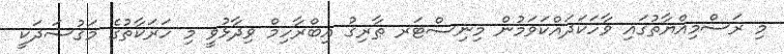
މި ރަސްމިއްޔާތުގައި ވާހަކަދައްކަވަމުން މިނިސްޓަރ ޠާރިޤު އިބްރާހިމް ވިދާޅުވީ މި ހަރަކާތުގެ މަޤުސަދަކީ